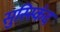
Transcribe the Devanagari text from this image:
सुस्स्किंद